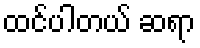
ထင်ပါတယ် ဆရာ